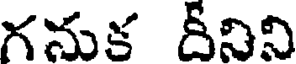
గనుక దీనిని